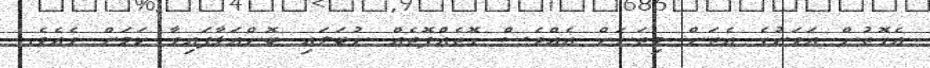
އެގޮތުން އަވަށުގެ އެތަން މިތަނަށް އެއްވެސް ގޮތެއްފޮތެއް ނުބަލައި ބޮންއަޅާފައިވާ ކަމަށް ވެއެވެ.